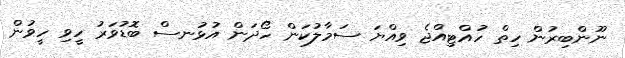
ނޫންބިރުން ހިތް ހުއްޓިއްޖެ ވިއްޔަ ސަމާލުކަން ހޯދަން އުޅުނސް ބޮޑުވަރު ހީވި ހީވުން